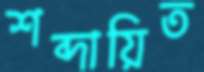
শব্দায়িত